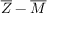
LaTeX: { \overline { { Z } } } - { \overline { { M } } }